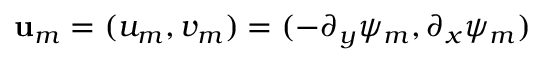
\mathbf { u } _ { m } = ( u _ { m } , v _ { m } ) = ( - \partial _ { y } \psi _ { m } , \partial _ { x } \psi _ { m } )